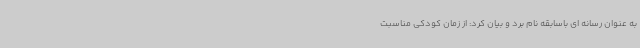
به عنوان رسانه ای باسابقه نام برد و بیان کرد: از زمان کودکی مناسبت